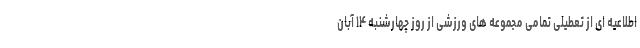
اطلاعیه ای از تعطیلی تمامی مجموعه های ورزشی از روز چهارشنبه ۱۴ آبان